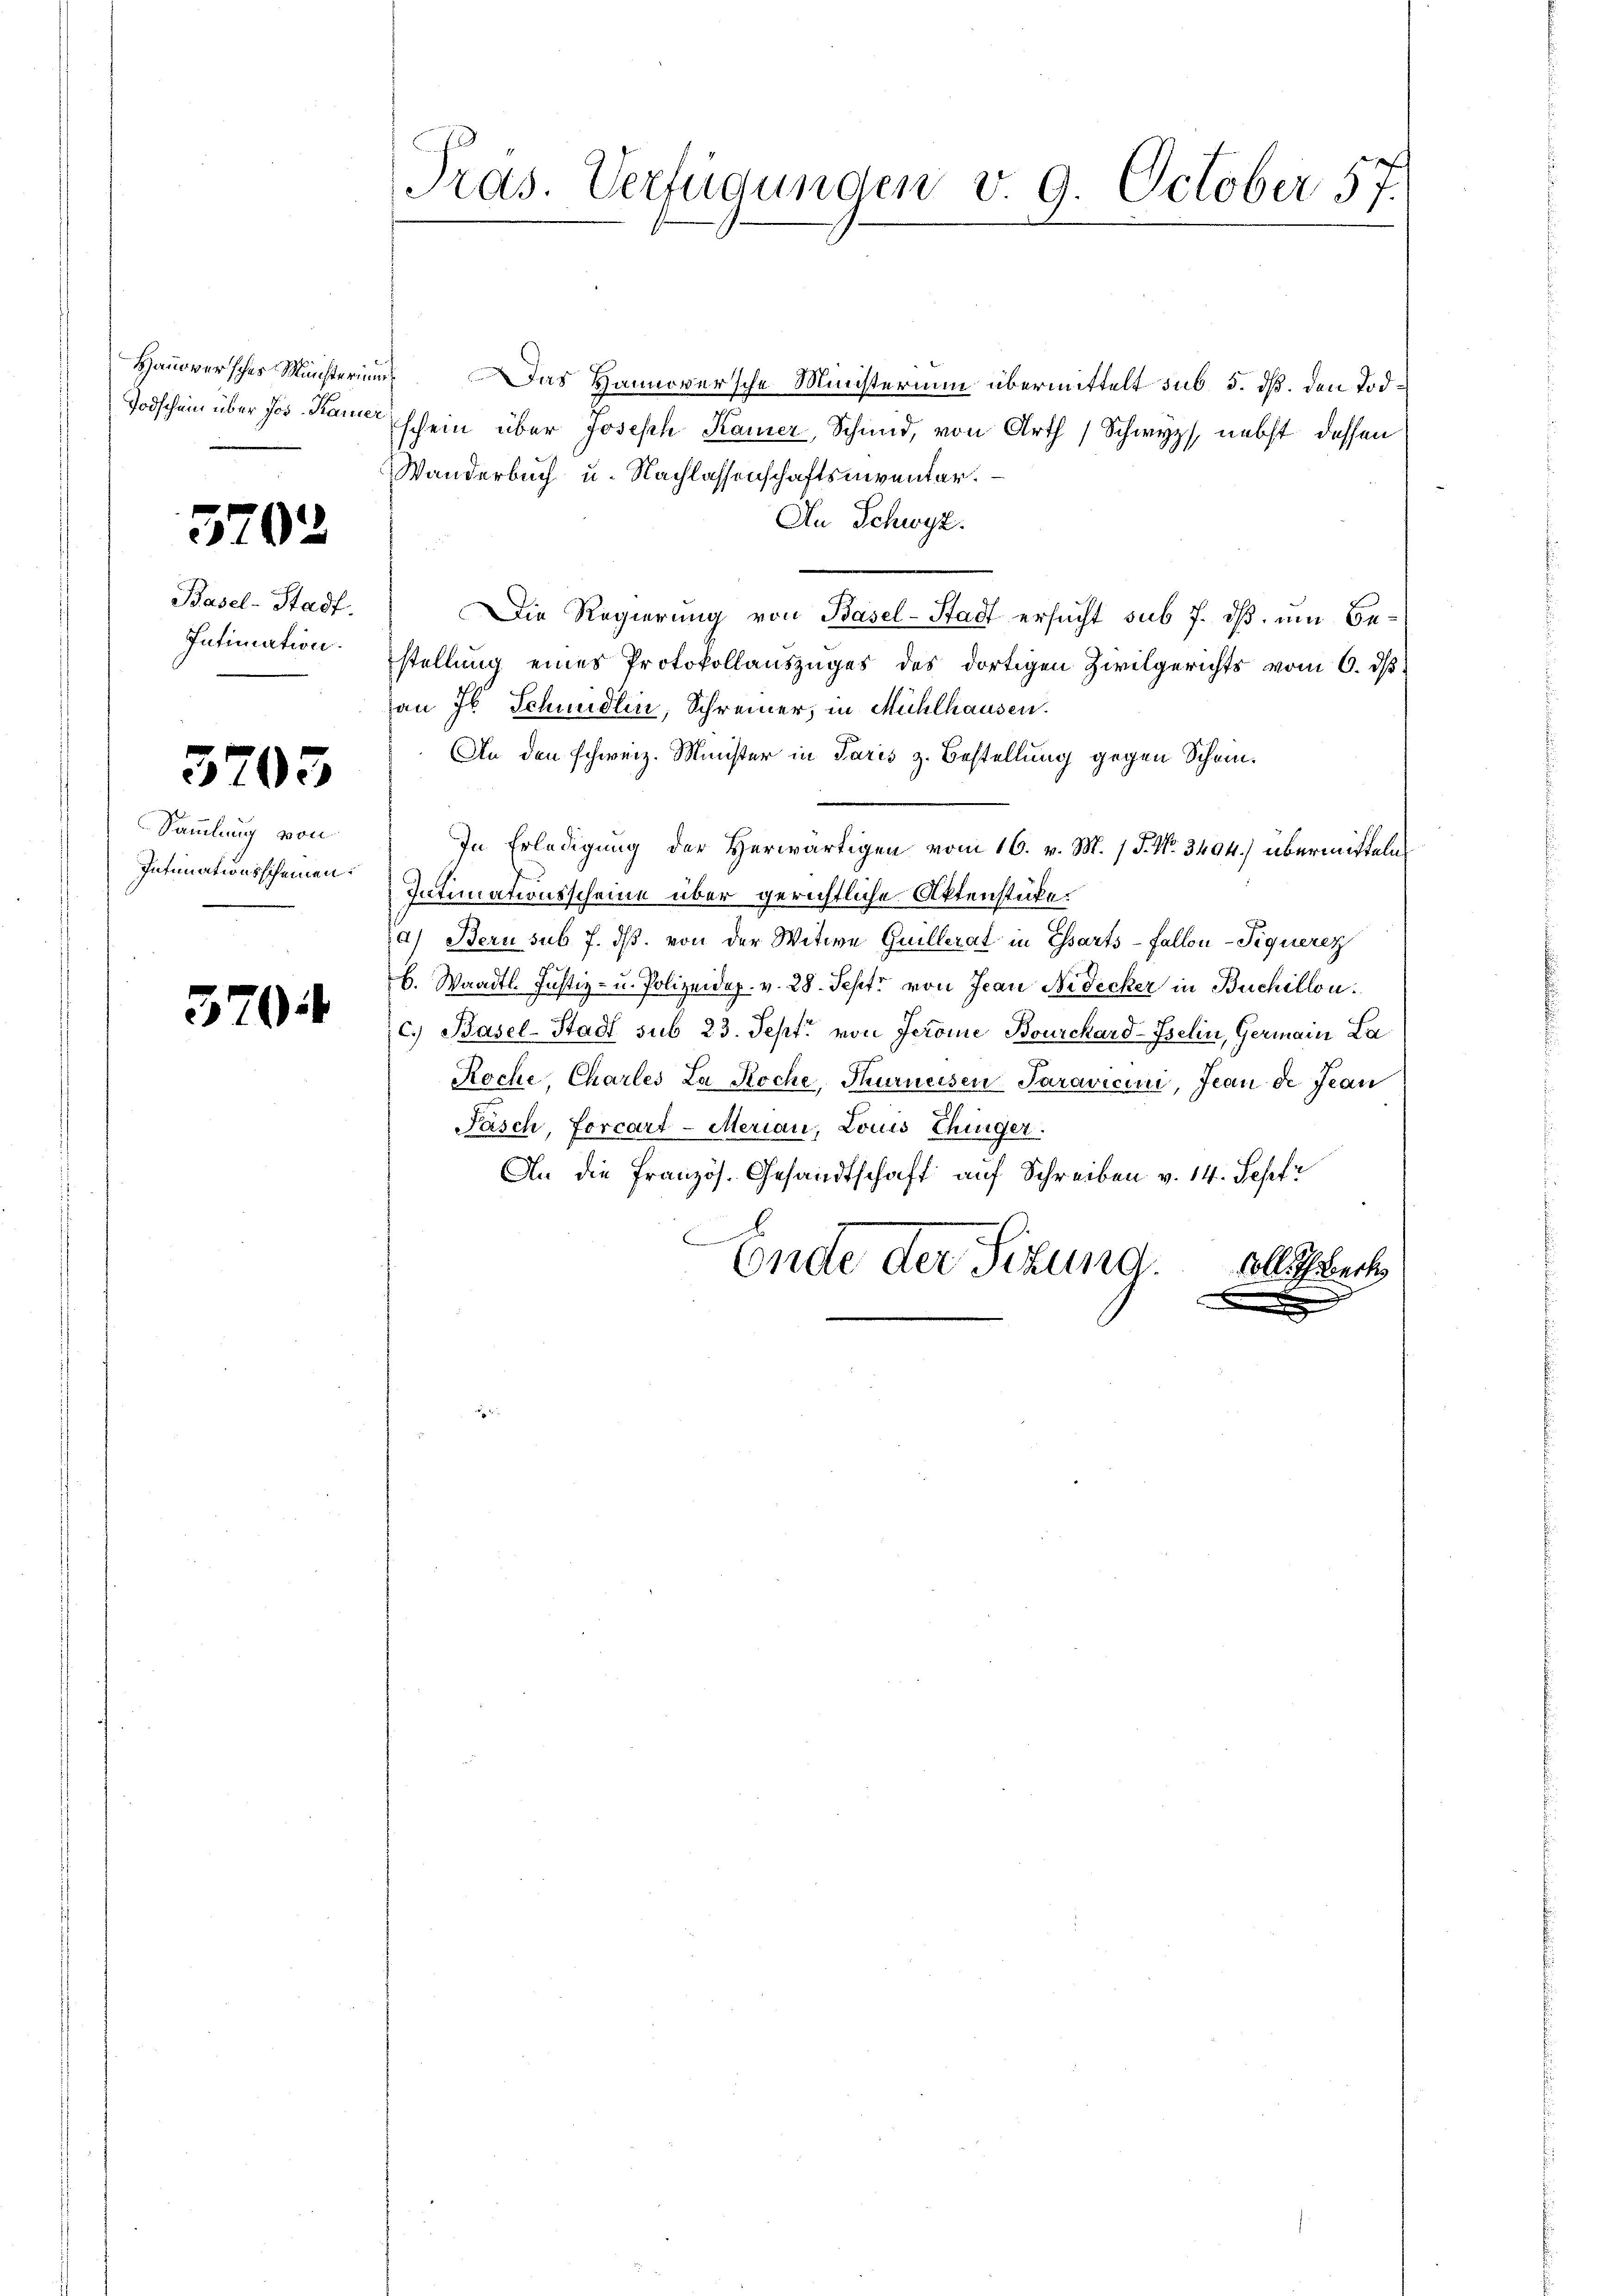
Todschein über Jos. Kamer

5202

Basel-Stadt.
Intimation.

5705

Sammlung von
Intimationsscheinen.

370.

7./
Pras. Verfügungen v. 9. October 31.

Hanoversches Meisterium. Das Hannoversche Ministerium übermittelt sub 5. dß. den Todschein über Joseph Kamer, Schmid, von Arth Schwyz, nebst dessen
Wanderbuch u. Nachlassenschaftsniventar.
An Schwyz.
Die Regierung von Basel-Stadt ersucht sub 7. dß, um Bestellung eines Protokollauszuges des dortigen Zivilgerichts vom 6. ds.
an Jb. Schmidlin, Schreiner, in Mühlhausen.
An den schweiz. Minister in Paris z. Bestellung gegen Schein¬
In Erledigung der Herwärtigen vom 16. v. M. / 5. No. 3404) übermitteln
Intimationsscheine über gerichtliche Aktenstücke.
a) Bern sub 7. ds. von der Witwe Guillerat in Essarts- Fallon-Piqueren
b. Waadt. Justiz- u. Polizeidop. v. 28. Sept. von Jean Nidecker in Buchillon
c.) Basel-Stadt sub 23. Sept. von Jerome Bourchard-Iselin, Germain La
Koche, Charles La Roche, Thurneesen Paravicini, Jean de Jean
Fasch, forcart-Merian, Louis Chinger.
An die Französ. Gesandtschaft auf Schreiben v. 14. Sept
C
Ende der Sizung.
koll Therech
e